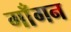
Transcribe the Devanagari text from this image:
गाँगन